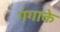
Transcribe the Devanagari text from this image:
गंगाके